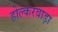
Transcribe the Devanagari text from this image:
होल्करवाड़ा